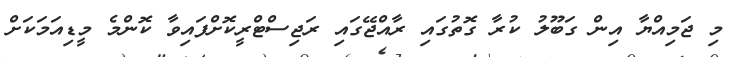
މި ޖަމިއްޔާ އިން ގަބޫލު ކުރާ ގޮތުގައި ރާއްޖޭގައި ރަޖިސްޓްރީކޮށްފައިވާ ކޮންމެ މީޑިއަމަކަށް